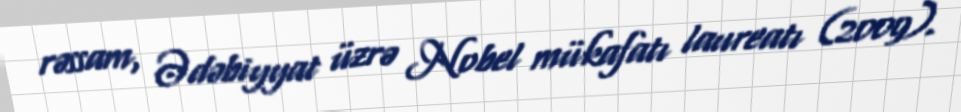
rəssam, Ədəbiyyat üzrə Nobel mükafatı laureatı (2009).